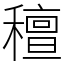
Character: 䆄